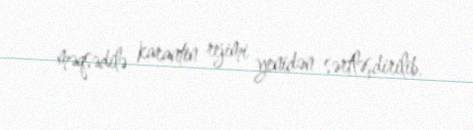
məqsədilə karantin rejimi yenidən sərtləşdirilib.